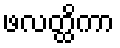
ဖလတ္ထိကာ